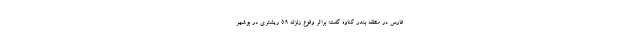
فارس در منطقه بندر گناوه گفت: براثر وقوع زلزله ۵.۹ ریشتری در بوشهر